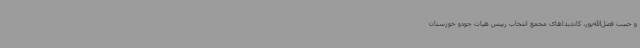
و حبیب فضل‌الله‌پور، کاندیداهای مجمع انتخاب رییس هیات جودو خوزستان